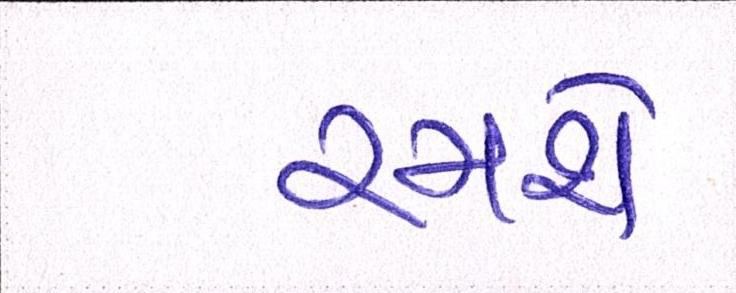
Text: રમશે